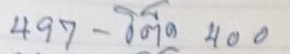
497 - โต๊ด 400